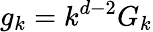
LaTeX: g_{k}=k^{d-2}G_{k}